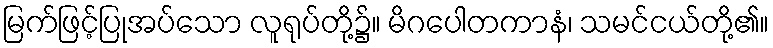
မြက်ဖြင့်ပြုအပ်သော လူရုပ်တို့၌။ မိဂပေါတကာနံ၊ သမင်ငယ်တို့၏။